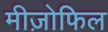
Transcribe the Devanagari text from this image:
मीज़ोफिल